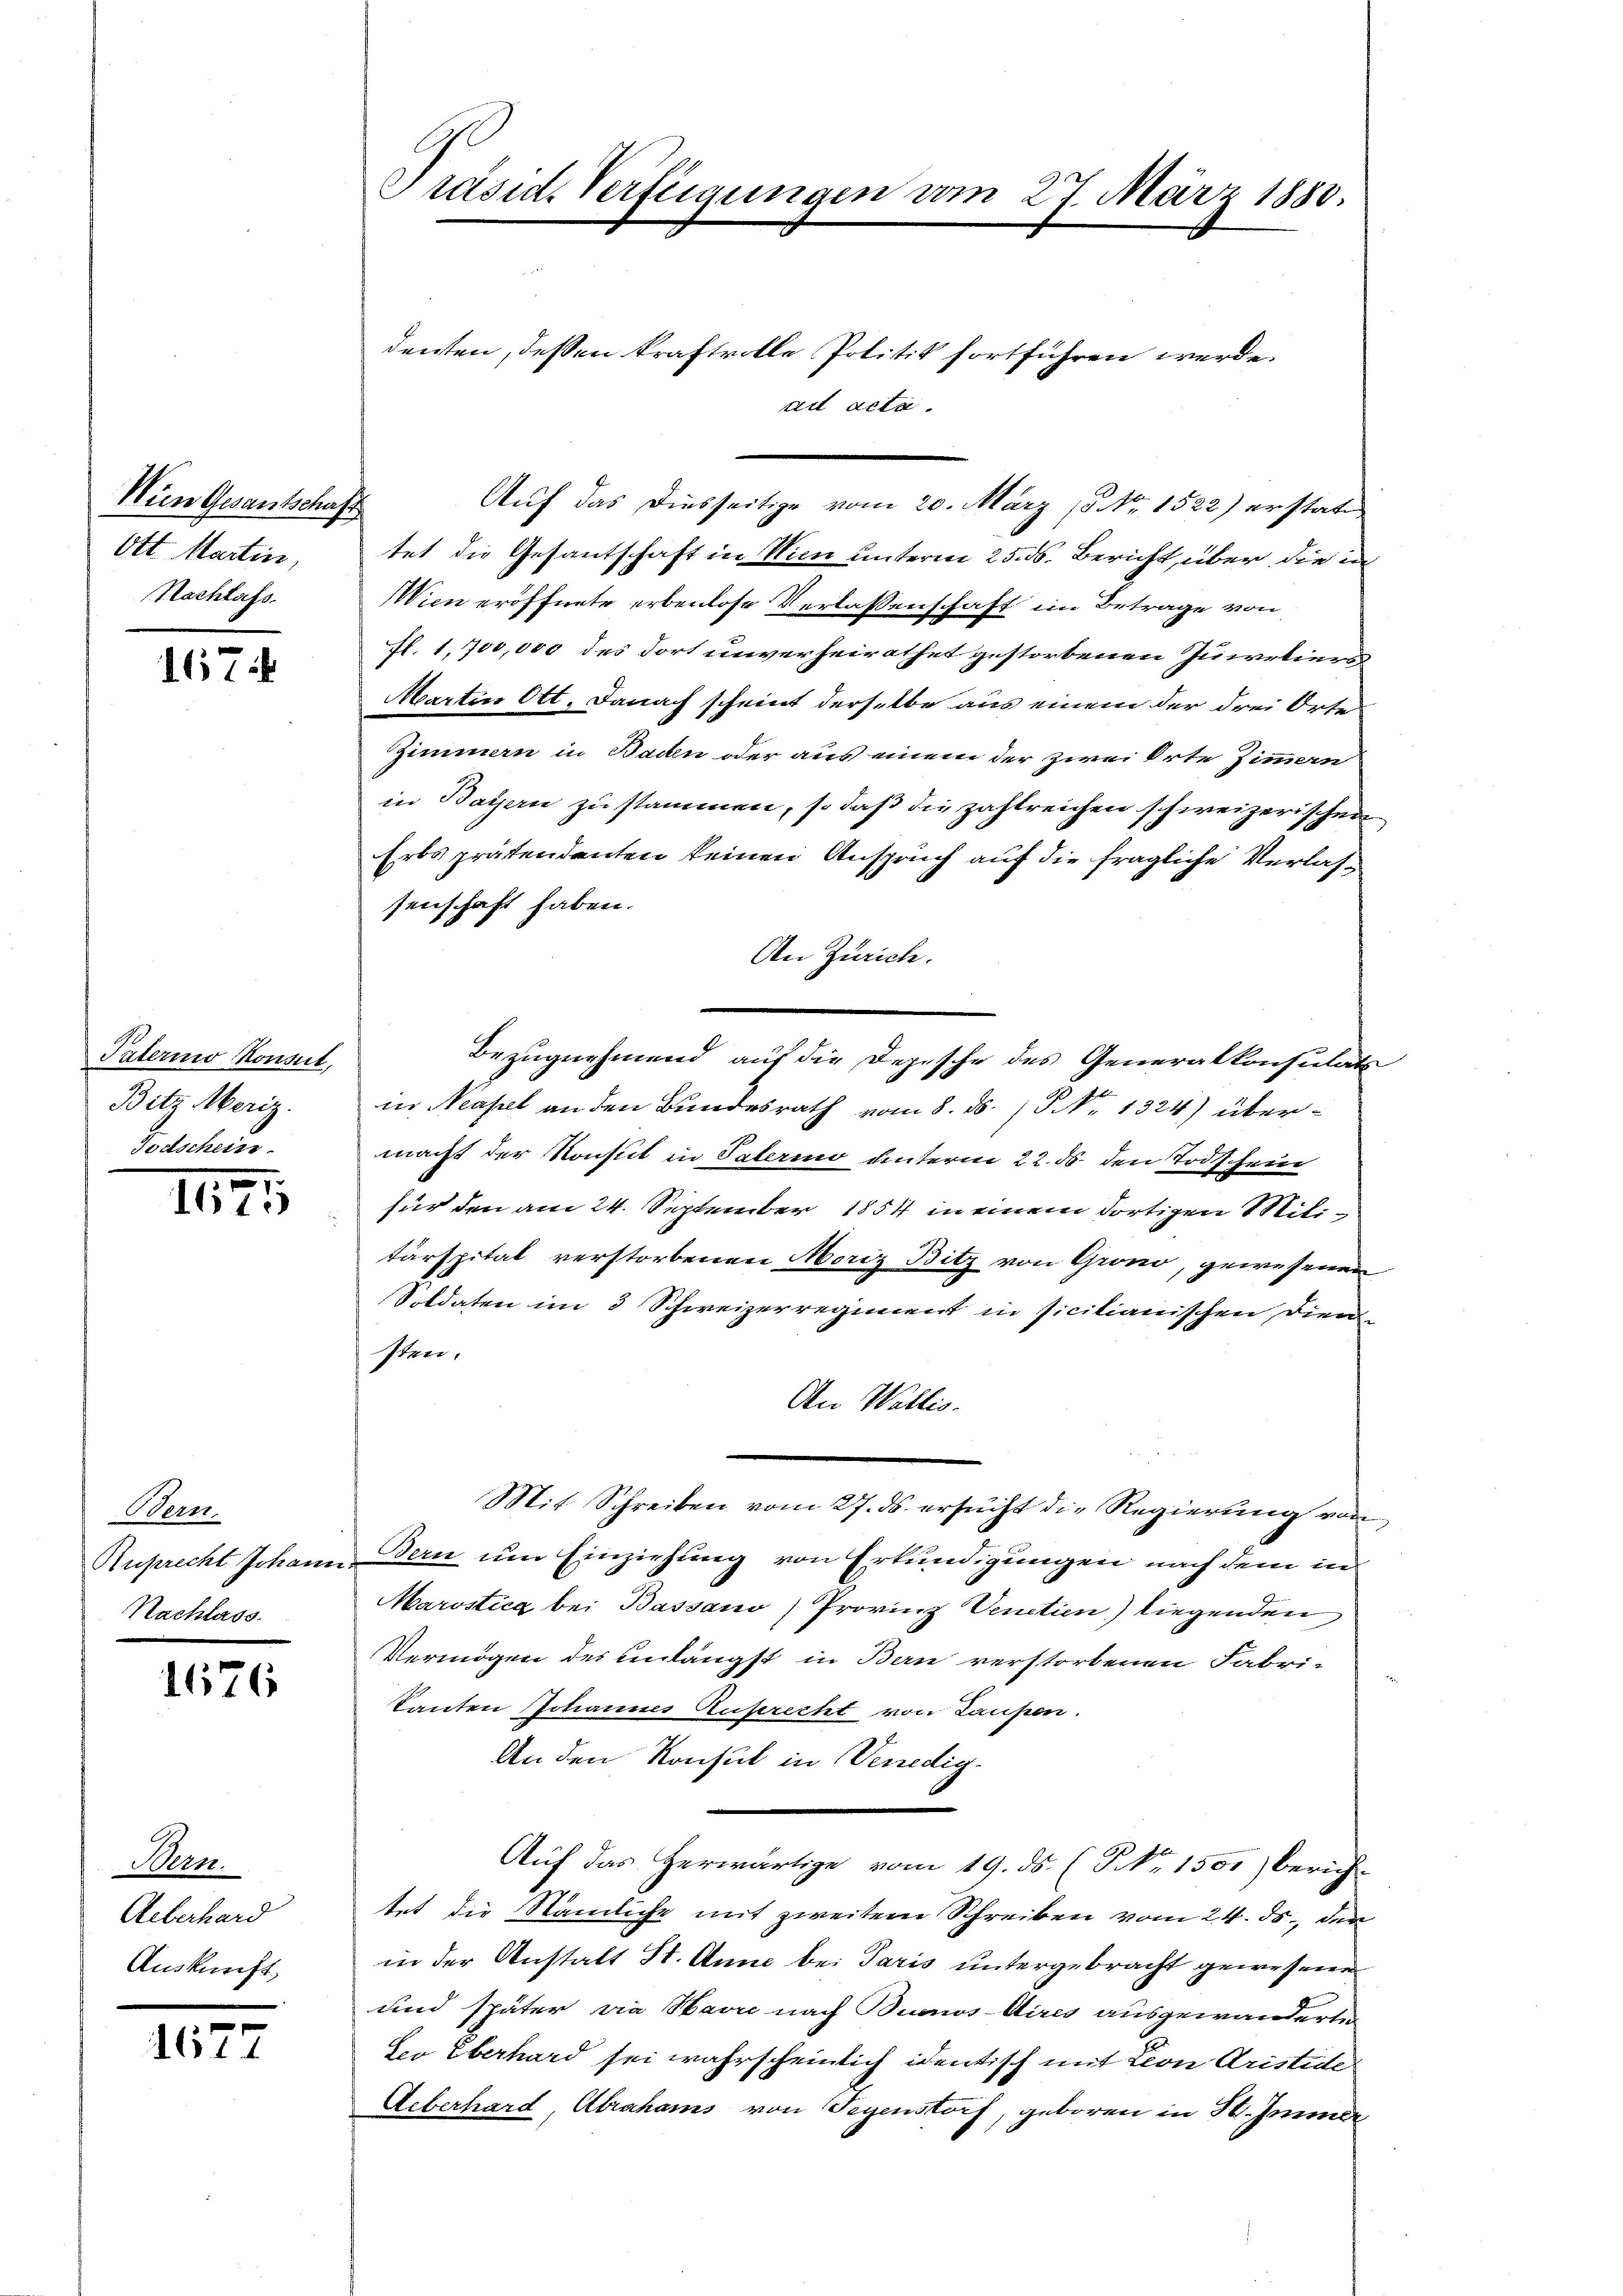
Nun Gesantschaft
Ott. Martin,
Nachlafs.

167

Paterino Konst,
Bit. Meriz.
Todschein

1675

Bern.
Auprecht Johann
Nachlass

1676

Bern.
Ueberhard
Auskunft,

1677

Präsid. Verfügungen vom 27. März 1880.
denten, dessen kraftvolle Politik fortführen werde.

ad acta.
tet die Gesantschaft in Wien unterm 25. ds. Bericht über die in
Wien eröffnete erbenlose Verlassenschaft im Betrage von
fl. 1,700,000 des dort unverheirathet gestorbenen Iunartinen
Martin Ott. Danach scheint derselbe aus einem der drei Orte
Zimmen in Bachen oder aus einem der zwei Orte Zimmern
in Bayern zu stammen, so daß die zahlreichen schweizerischen
Erts prätendenten keinen Anspruch auf die fragliche Verlassenschaft haben.
An Zürich.
Bezugnehmend auf die Depesche des Generalkonsulats
in Neapel an den Bundesrath vom 8. ds. P. Nr. 1324) übermacht der Konst in Palerino unterm 22. ds. den Todtschein
für den am 24. September 1854 in einem dortigen Militärspital verstorbenen Moriz Bitz von Grono, gewesenen
Soldaten im 3 Schweizerregiment in sicilianischen Diensten.
An Wallis.
Mit Schreiben vom 27. ds. ersucht die Regierung von
Bern um Einziehung von Erkundigungen nach dem in
Marostica bei Bassauo) Provinz Venetien) liegenden
Vermögen des unlängst in Bau verstorbenen Fabri-
Tanten Johannes Zuprecht von Taufen.
An den Konsul in Venedig¬
Auf das herwärtige vom 19. ds. (NNo. 1501) Zürich-
tet die Stämliche mit zweitem Schreiben vom 24. ds., der
in der Anstalt St. Anne bei Paris untergebracht gewesene
und später die Havre nach Buenos-Aires ausgewanderte
Ee Eberhard sei wahrscheinlich identisch mit Leon Aristide
Ueberhard Abrahams von Gegenstorf, geboren in H. Immer

Auf das diesseitige vom 20. März 18 No 1522) erstate